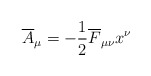
\begin{align*}\overline{A}_{\mu}= -{1 \over 2} \overline{F}_{\mu \nu} x^{\nu}\end{align*}